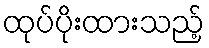
ထုပ်ပိုးထားသည့်